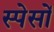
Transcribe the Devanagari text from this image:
स्पेसों